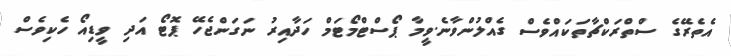
އެތެރޭގެ ސްތްރަކްޗާތަކައްވެސް ގެއްލުންވާނެ.ވީމާ ޕޯސްޓްމޯޓަމް ހަދާއިރު ނަގަންޖެހޭ ޕޮޓޯ އަދި ވީޑިއޯ ހެކިވެސް